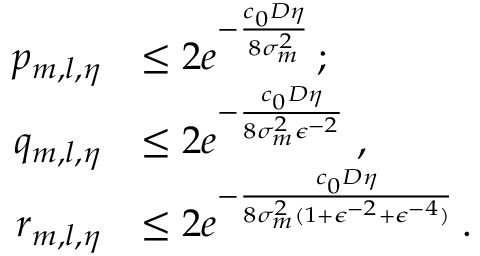
\begin{array} { r l } { p _ { m , l , \eta } } & { \leq 2 e ^ { - \frac { c _ { 0 } D \eta } { 8 \sigma _ { m } ^ { 2 } } } \, ; } \\ { q _ { m , l , \eta } } & { \leq 2 e ^ { - \frac { c _ { 0 } D \eta } { 8 \sigma _ { m } ^ { 2 } \epsilon ^ { - 2 } } } \; , } \\ { r _ { m , l , \eta } } & { \leq 2 e ^ { - \frac { c _ { 0 } D \eta } { 8 \sigma _ { m } ^ { 2 } ( 1 + \epsilon ^ { - 2 } + \epsilon ^ { - 4 } ) } } \, . } \end{array}